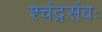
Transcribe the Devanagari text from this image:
श्चंद्रसंवः